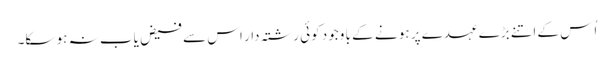
اُس کے اتنے بڑے عہدے پر ہو نے کے با وجود کوئی رشتہ دار اس سے فیض یاب نہ ہو سکا۔